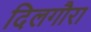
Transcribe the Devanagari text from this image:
दिलगौरा